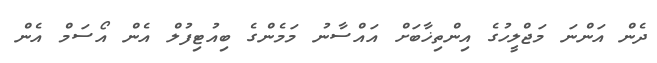
ދެން އަންނަ މަޖްލީހުގެ އިންތިޚާބަށް އައްސާނު މަމެންގެ ބިއުޓިފުލް އެން އޯސަމް އެން